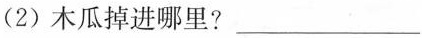
(2) 木瓜掉进哪里？___